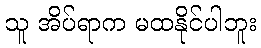
သူ အိပ်ရာက မထနိုင်ပါဘူး